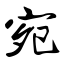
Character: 宛